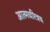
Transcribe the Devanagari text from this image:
आत्मचरित्रच